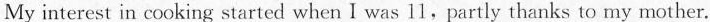
My interest in cooking started when I was 11,partly thanks to my mother.